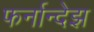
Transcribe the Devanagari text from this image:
फर्नान्देझ